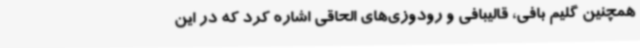
همچنین گلیم بافی، قالیبافی و رودوزی‌های الحاقی اشاره کرد که در این